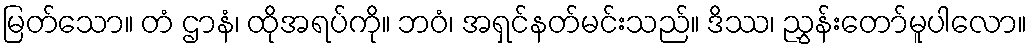
မြတ်သော။ တံ ဌာနံ၊ ထိုအရပ်ကို။ ဘဝံ၊ အရှင်နတ်မင်းသည်။ ဒိဿ၊ ညွှန်းတော်မူပါလော။